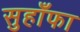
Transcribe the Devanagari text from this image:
सुहाँफा